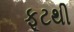
ફૂટથી